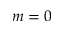
m = 0